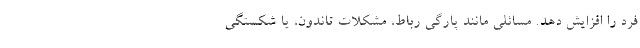
فرد را افزایش دهد. مسائلی مانند پارگی رباط، مشکلات تاندون، یا شکستگی